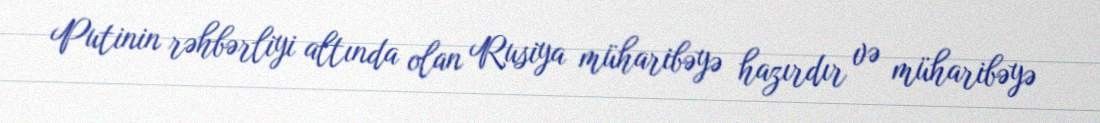
Putinin rəhbərliyi altında olan Rusiya müharibəyə hazırdır və müharibəyə